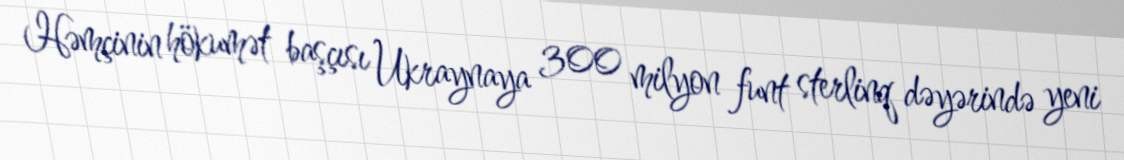
Həmçinin hökumət başçısı Ukraynaya 300 milyon funt sterlinq dəyərində yeni